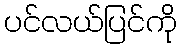
ပင်လယ်ပြင်ကို